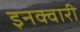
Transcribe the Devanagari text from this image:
इनक्वारी